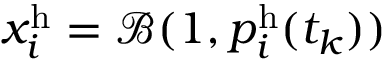
x _ { i } ^ { \mathrm { h } } = \mathcal { B } ( 1 , p _ { i } ^ { \mathrm { h } } ( t _ { k } ) )